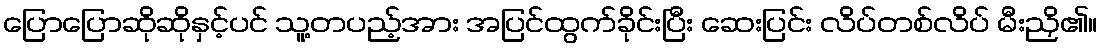
ပြောပြောဆိုဆိုနှင့်ပင် သူ့တပည့်အား အပြင်ထွက်ခိုင်းပြီး ဆေးပြင်း လိပ်တစ်လိပ် မီးညှိ၏။